Note on the mental hospitals in Burma - 1925-1940
Year: 1925
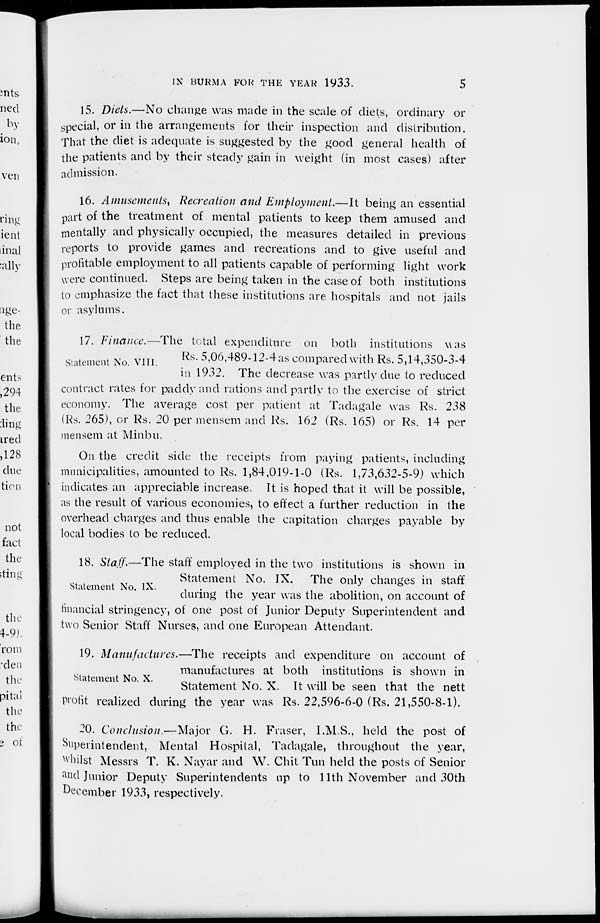
IN BURMA FOR THE YEAR 1933.
5
15. Diets.—No change was made in the scale of diets, ordinary or
special, or in the arrangements for their inspection and distribution.
That the diet is adequate is suggested by the good general health of
the patients and by their steady gain in weight (in most cases) after
admission.
16. Amusements, Recreation and Employment.—It being an essential
part of the treatment of mental patients to keep them amused and
mentally and physically occupied, the measures detailed in previous
reports to provide games and recreations and to give useful and
profitable employment to all patients capable of performing light work
were continued. Steps are being taken in the case of both institutions
to emphasize the fact that these institutions are hospitals and not jails
or asylums.
Statement No. VIII.
17. Finance.—The total expenditure on both institutions was
Rs. 5,06,489-12-4as compared with Rs. 5,14,350-3-4
in 1932. The decrease was partly due to reduced
contract rates for paddy and rations and partly to the exercise of strict
economy. The average cost per patient at Tadagale was Rs. 238
(Rs. 265), or Rs. 20 per mensem and Rs. 162 (Rs. 165) or Rs. 14 per
mensem at Minbu.
On the credit side the receipts from paying patients, including
municipalities, amounted to Rs. 1,84,019-1-0 (Rs. 1,73,632-5-9) which
indicates an appreciable increase. It is hoped that it will be possible,
as the result of various economies, to effect a further reduction in the
overhead charges and thus enable the capitation charges payable by
local bodies to be reduced.
Statement No. IX.
18. Staff.—The staff employed in the two institutions is shown in
Statement No. IX. The only changes in staff
during the year was the abolition, on account of
linancial stringency, of one post of Junior Deputy Superintendent and
two Senior Staff Nurses, and one European Attendant.
Statement No. X.
19. Manufactures.—The receipts and expenditure on account of
manufactures at both institutions is shown in
Statement No. X. It will be seen that the nett
profit realized during the year was Rs. 22,596-6-0 (Rs. 21,550-8-1).
20. Conclusion.—Major G. H. Fraser, I.M.S., held the post of
Superintendent, Mental Hospital, Tadagale, throughout the year,
whilst Messrs T. K. Nayar and W. Chit Tun held the posts of Senior
and Junior Deputy Superintendents up to 11th November and 30th
December 1933, respectively.